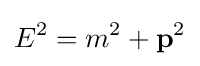
E^{2}=m^{2}+\mathbf {p} ^{2}